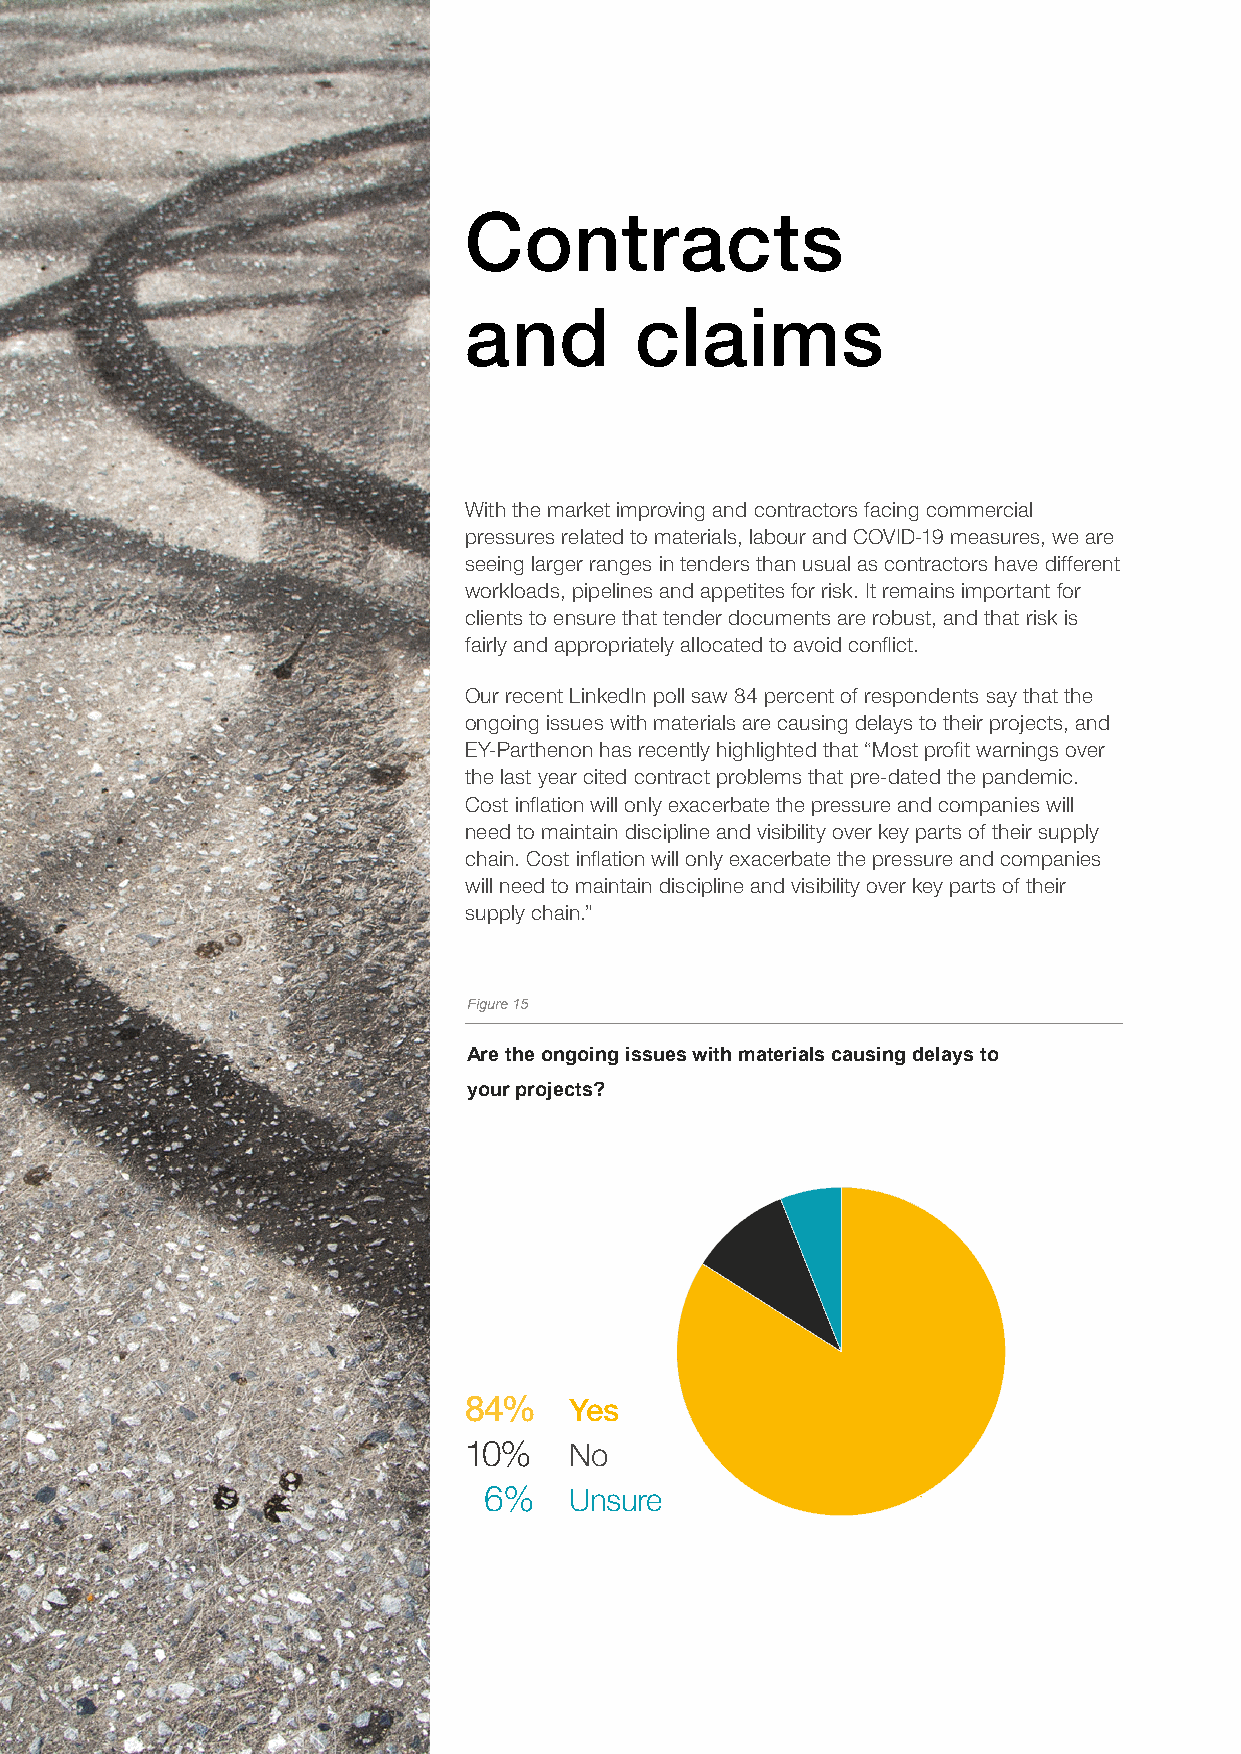
Contracts
 and        claims
 With the market improving and contractors facing commercial
 pressures related to materials, labour and COVID-19 measures, we are
 seeing larger ranges in tenders than usual as contractors have different
 workloads, pipelines and appetites for risk. It remains important for
 clients to ensure that tender documents are robust, and that risk is
 fairly and appropriately allocated to avoid conflict.
 Our recent LinkedIn poll saw 84 percent of respondents say that the
 ongoing issues with materials are causing delays to their projects, and
 EY-Parthenon has recently highlighted that “Most profit warnings over
 the last year cited contract problems that pre-dated the pandemic.
 Cost inflation will only exacerbate the pressure and companies will
 need to maintain discipline and visibility over key parts of their supply
 chain. Cost inflation will only exacerbate the pressure and companies
 will need to maintain discipline and visibility over key parts of their
 supply chain.”
 Figure 1F5igure15
 Are thAer eotnhgeooinngg oisisnugeiss swuieths mwiatthermiaaltse criaaulssicnagu dsienlagydse tloa ysto
 your yporoujrepcrtso?jects?
 6% 6%
 10% 10%
 84%    Yes
 10%    No
 6%    Unsure
 84% 84%
 Yes YeNso NUonsure Unsure
 Madewith Madewith